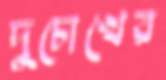
দুচোখের